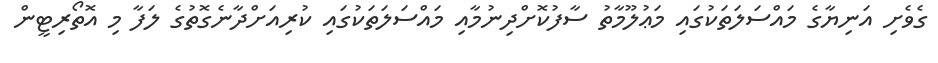
ގެވެށި އަނިޔާގެ މައްސަލަތަކުގައި މަޢުލޫމާތު ސާފުކޮށްދިނުމާއި މައްސަލަތަކުގައި ކުރިއަށްދާނެގޮތުގެ ލަފާ މި އޮތޯރިޓީން